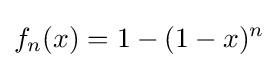
f_{n}(x)=1-(1-x)^{n}